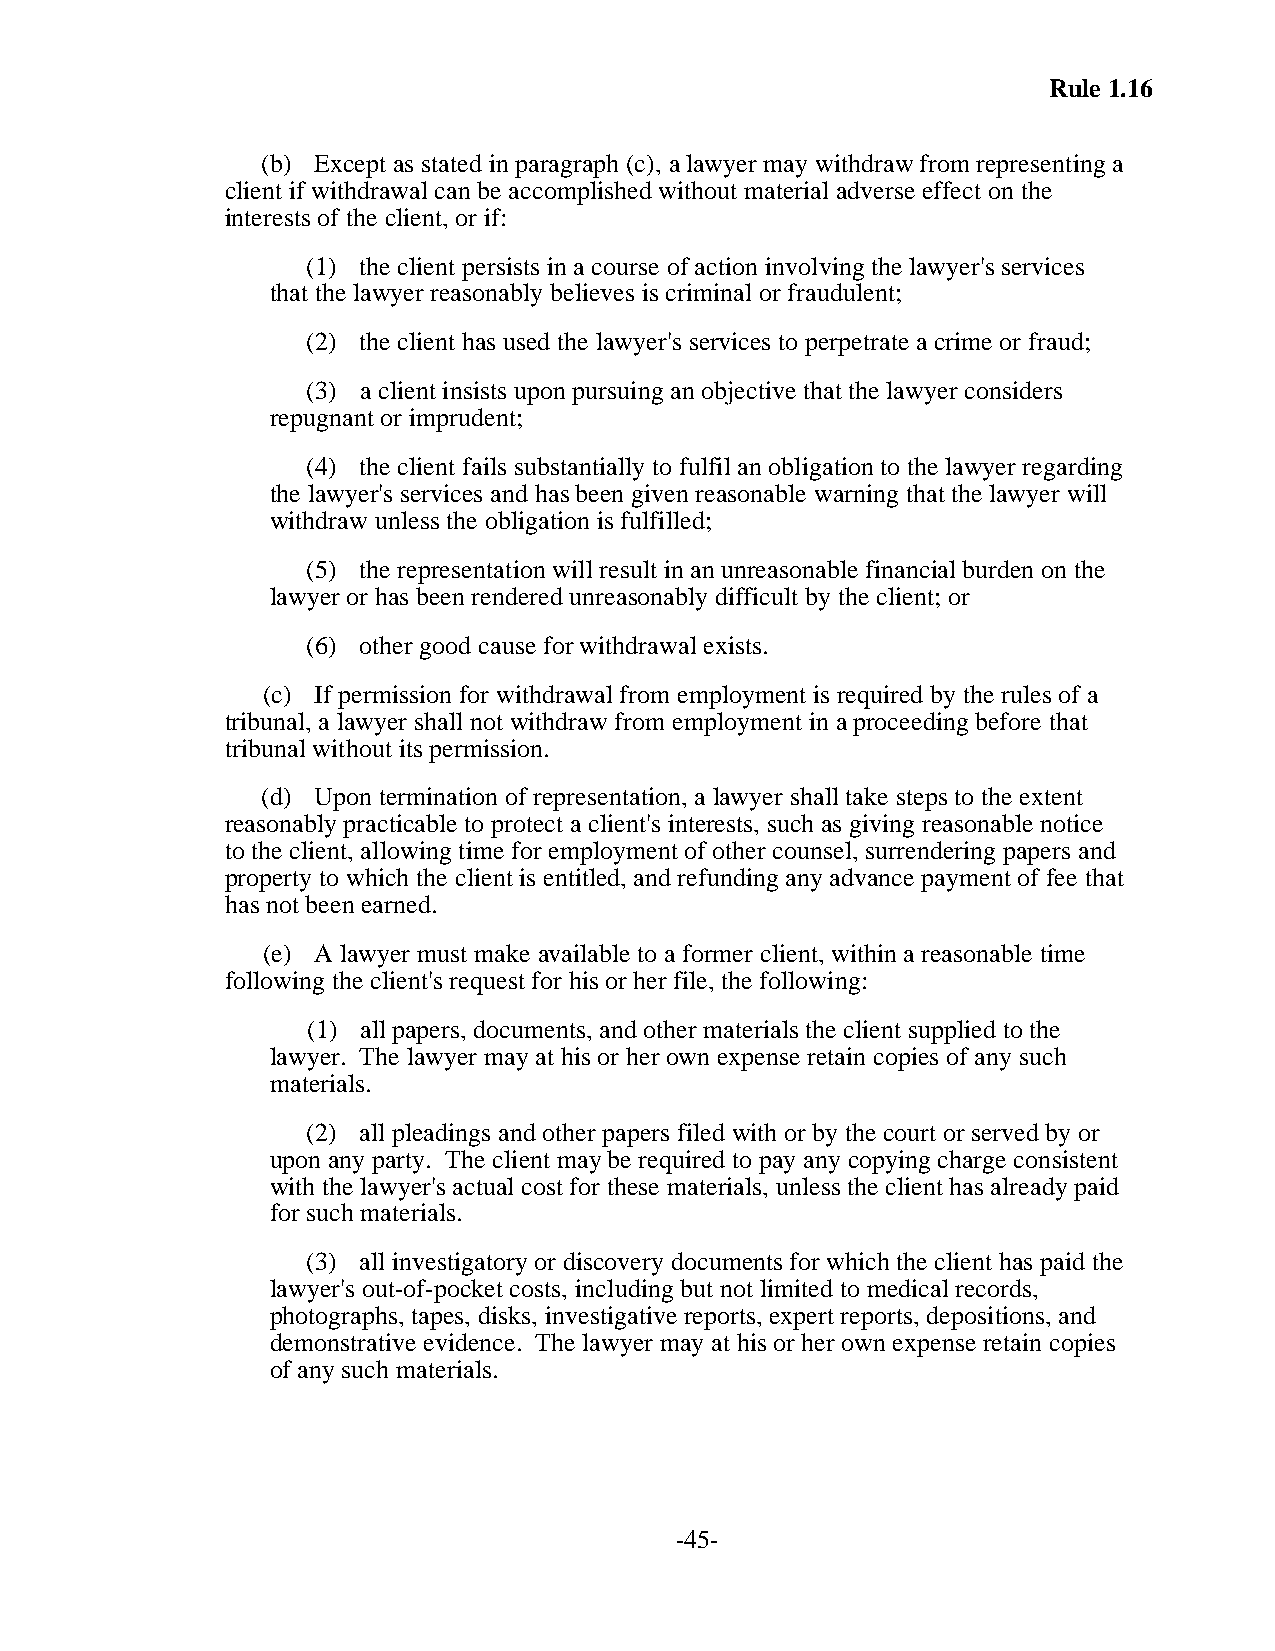
Rule 1.16
 (b) Except as stated in paragraph (c), a lawyer may withdraw from representing a
 client if withdrawal can be accomplished without material adverse effect on the
 interests of the client, or if:
 (1) the client persists in a course of action involving the lawyer's services
 that the lawyer reasonably believes is criminal or fraudulent;
 (2) the client has used the lawyer's services to perpetrate a crime or fraud;
 (3) a client insists upon pursuing an objective that the lawyer considers
 repugnant or imprudent;
 (4) the client fails substantially to fulfil an obligation to the lawyer regarding
 the lawyer's services and has been given reasonable warning that the lawyer will
 withdraw unless the obligation is fulfilled;
 (5) the representation will result in an unreasonable financial burden on the
 lawyer or has been rendered unreasonably difficult by the client; or
 (6) other good cause for withdrawal exists.
 (c) If permission for withdrawal from employment is required by the rules of a
 tribunal, a lawyer shall not withdraw from employment in a proceeding before that
 tribunal without its permission.
 (d) Upon termination of representation, a lawyer shall take steps to the extent
 reasonably practicable to protect a client's interests, such as giving reasonable notice
 to the client, allowing time for employment of other counsel, surrendering papers and
 property to which the client is entitled, and refunding any advance payment of fee that
 has not been earned.
 (e) A lawyer must make available to a former client, within a reasonable time
 following the client's request for his or her file, the following:
 (1) all papers, documents, and other materials the client supplied to the
 lawyer. The lawyer may at his or her own expense retain copies of any such
 materials.
 (2) all pleadings and other papers filed with or by the court or served by or
 upon any party. The client may be required to pay any copying charge consistent
 with the lawyer's actual cost for these materials, unless the client has already paid
 for such materials.
 (3) all investigatory or discovery documents for which the client has paid the
 lawyer's out-of-pocket costs, including but not limited to medical records,
 photographs, tapes, disks, investigative reports, expert reports, depositions, and
 demonstrative evidence. The lawyer may at his or her own expense retain copies
 of any such materials.
 -45-